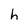
Character: h